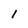
Character: 1